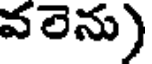
వలెను)